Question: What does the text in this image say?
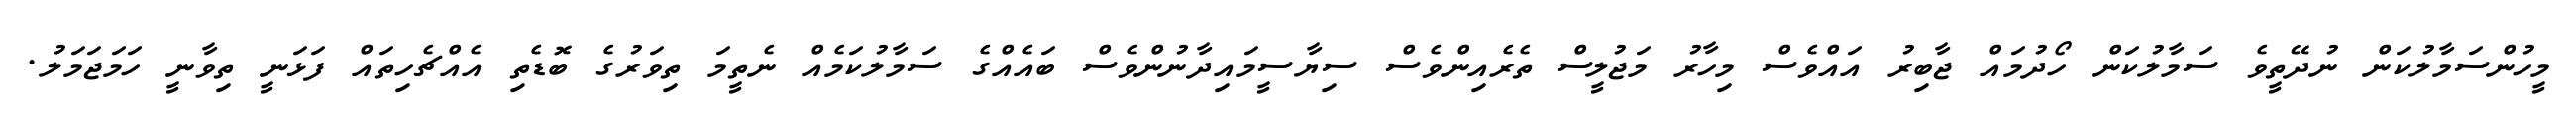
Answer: މީހުންސަމާލުކަން ނުދޭތީވެ ސަމާލުކަން ހޯދުމައް ޖާބިރު އައްވެސް މިހާރު މަޖުލީސް ތެރެއިންވެސް ސިޔާސީމައިދާނުންވެސް ބައެއްގެ ސަމާލުކަމެއް ނެތީމަ ތިވަރުގެ ބޮޑެތި އެއްޗެހިތައް ފަޅަނީ ތިވާނީ ހަމަޖަމަލު.